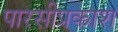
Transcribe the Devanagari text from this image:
पारसीप्रकाश